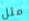
مثل